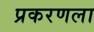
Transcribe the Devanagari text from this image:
प्रकरणला